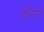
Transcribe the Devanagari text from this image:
एलिएंस